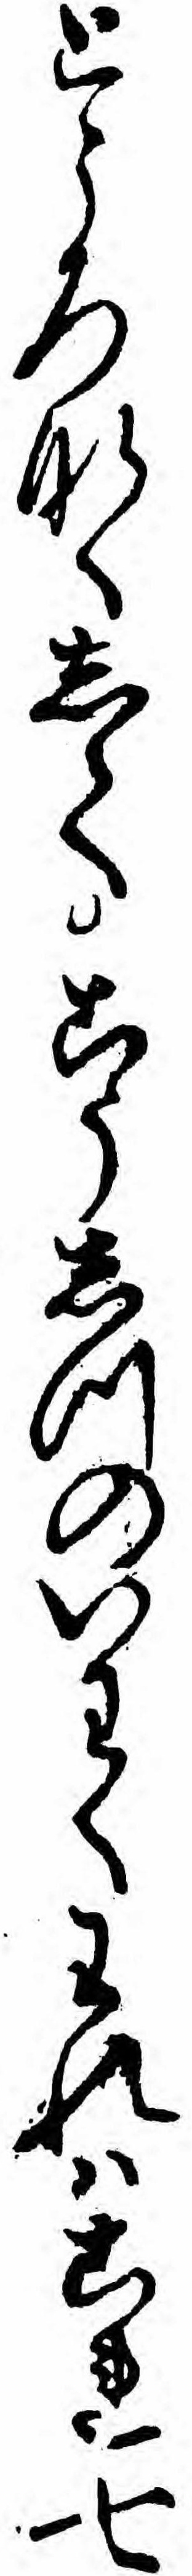
ところなくしてこうしつのいわくわれハこれ七